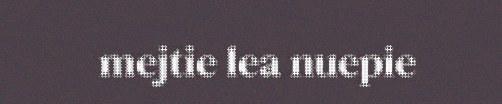
mejtie lea nuepie